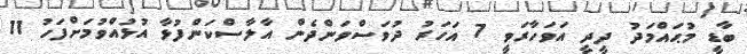
ބާޑީ މުޙައްމަދު ދީދީ އަވަހާރަވީ 7 އަހަރު ދުވަސްވަންދެން އާލާސްކަންފުޅާ އުޅުއްވުމަށްފަހު 11